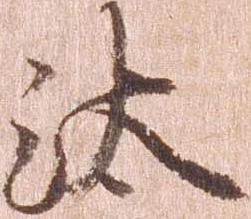
汰